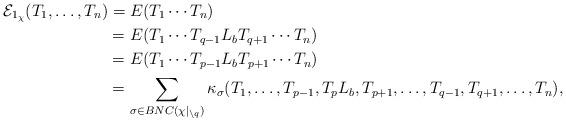
LaTeX: \begin{align*}\mathcal{E}_{1_\chi}(T_1, \ldots, T_n) &= E(T_1\cdots T_n) \\ &= E(T_1 \cdots T_{q-1} L_b T_{q+1} \cdots T_n) \\ &= E(T_1 \cdots T_{p-1} L_b T_{p+1}\cdots T_n) \\ &= \sum_{\sigma \in BNC(\chi|_{\setminus q})}\kappa_{\sigma}(T_1, \ldots, T_{p-1}, T_p L_b, T_{p+1}, \ldots, T_{q-1}, T_{q+1}, \ldots, T_n),\end{align*}